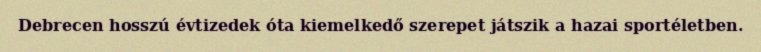
Debrecen hosszú évtizedek óta kiemelkedő szerepet játszik a hazai sportéletben.